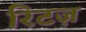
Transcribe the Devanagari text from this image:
रिटज़